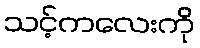
သင့်ကလေးကို